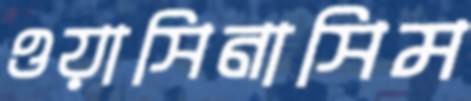
ওয়াসিনাসিম